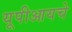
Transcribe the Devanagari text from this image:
यूपीआयचे